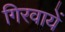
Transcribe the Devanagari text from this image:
गिरवायें